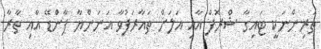
ތަރިންނަކީ ޓައިގާ ޝްރޮފް އާއި އަލަށް ތައާރަފުވާ އަނަންޔާ ޕާންޑޭ އާއި ތާރާ